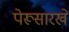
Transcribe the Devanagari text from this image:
पेरूसारखे